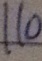
1 1 0